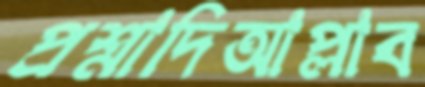
প্রশ্নাদিআপ্লাব